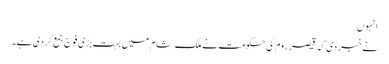
انہوں
نے خبر دی کہ قیصر روم کی حکومت نے ملک ِشام میں بہت بڑی فوج جمع کردی ہے۔